Bulletin of the Pasteur Institute of Southern India, Coonoor - No. 1.
Year: 1908
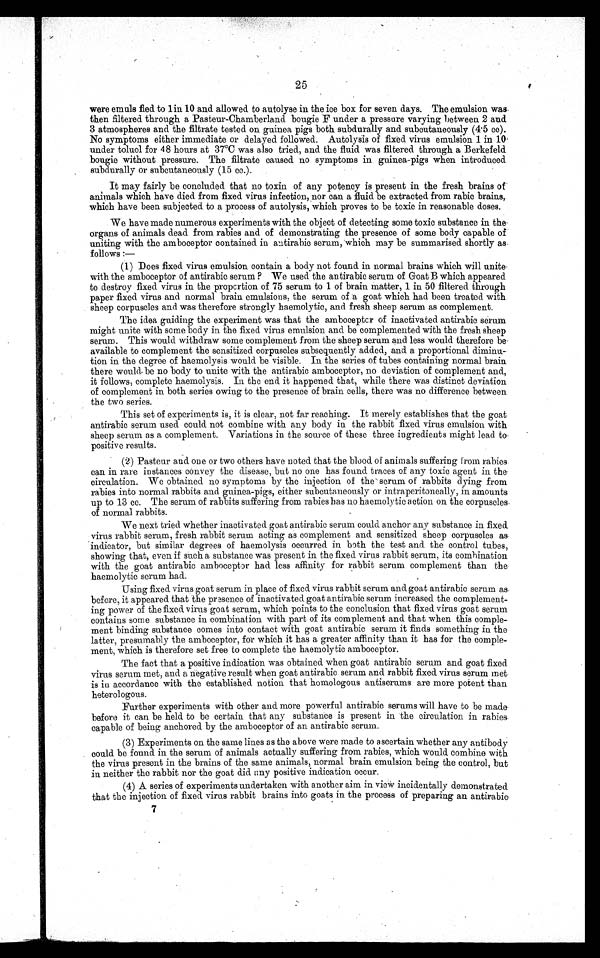
25
were emuls fied to1 i n 1
0 and allowed to autolyse in the ice box for seven days. The emulsion was
then filtered through a Pasteur-Chamberland bougie F under a pressure varying between 2 and
3 atmospheres and the filtrate tested on guinea pigs both subdurally and subcutaneously (4.5 cc).
No symptoms either immediate or delayed followed. Autolysis of fixed virus emulsion 1 in
1 0
under toluol for 4 8 hours at 37°C was also tried, and the fluid was filtered through a Berkefeld
bougie without pressure. The filtrate caused no symptoms in guinea-pigs when introduced
subdurally or subcutaneously (15cc.).
It may fairly be concluded that no toxin of any potency is present in the fresh brains of .
animals which have died from fixed virus infection, nor can a fluid be extracted from rabic brains,
which have been subjected to a process of autolysis, which proves to be toxic in reasonable doses.
We have made numerous experiments with the object of detecting some toxic substance in the
organs of animals dead from rabies and of demonstrating the presence of some body capable of
uniting with the amboceptor contained in autirabic serum, which may be summarised shortly as
follows :
—
(1) Does fixed virus emulsion contain a body not found in normal brains which will unite
with the amboceptor of antirabic serum? We used the antirabic serum of Goat B which appeared
to destroy fixed virus in the proportion of 75 serum to 1 of brain matter, 1 in 50 filtered through
paper fixed virus and normal brain emulsions, the serum of a goat which had been treated with
sheep corpuscles and was therefore strongly haemolytic, and fresh sheep serum as complement.
The idea guiding the experiment was that the amboceptor of inactivated antirabic serum
might unite with some body in the fixed virus emulsion and be complemented with the fresh sheep
serum. This would withdraw some complement from the sheep serum and less would therefore be
available to complement the sensitized corpuscles subsequently added, and a proportional diminu
-
tion in the degree of haemolysis would be visible. In the series of tubes containing normal brain
there would be no body to unite with the antirabic amboceptor, no deviation of complement and,
it follows, complete haemolysis. In the end it happened that, while there was distinct deviation
of complement in both series owing to the presence of brain cells, there was no difference between
the two series.
This set of experiments is, it is clear, not far reaching. It merely establishes that the goat
antirabic serum used could not combine with any body in the rabbit fixed virus emulsion with
sheep serum as a complement. Variations in the source of these three ingredients might lead to
positive results.
(2) Pasteur and one or two others have noted that the blood of animals suffering from rabies
can in rare instances convey the disease, but no one has found traces of any toxic agent in the
circulation. We obtained no symptoms by the injection of the - serum of rabbits dying from
rabies into normal rabbits and guinea-pigs, either subcutaneously or intraperitoneally, in amounts
up to 13 cc. The serum of rabbits suffering from rabies has no haemolytic action on the corpuscles.
o f n o r m a l r a b b i t s .
We next tried whether inactivated goat antirabic serum could anchor any substance in fixed
virus rabbit serum, fresh rabbit serum acting as complement and sensitized sheep corpuscles as
indicator, but similar degrees of haemolysis occurred in both the test and the control tubes,
showing that, even if such a substance was present in the fixed virus rabbit serum, its combination
with the goat antirabic amboceptor had less affinity for rabbit serum complement than the
haemolytic serum had.
Using fixed virus goat serum in place of fixed virus rabbit serum and goat antirabic serum as
before, it appeared that the presence of inactivated goat antirabic serum increased the complement
-
ing power of the fixed virus goat serum, which points to the conclusion that fixed virus goat serum
contains some substance in combination with part of its complement and that when this comple
-
ment binding substance comes into contact with goat antirabic serum it finds something in the
latter, presumably the amboceptor, for which it has a greater affinity than it has for the comple
-
ment, which is therefore set free to complete the haemolytic amboceptor.
The factthat a positive indication was obtained when goat antirabic serum and goat fixed
virus serum met, and a negative result when goat antirabic serum and rabbit fixed virus serum met
is in accordance with the established notion that homologous antiserums are more potent than
heterologous.
Further experiments with other and more powerful antirabic serums will have to be made
before it can be held to be certain that any substance is present in the circulation in rabies
capable of being anchored by the amboceptor of an antirabic serum.
(3) Experiments on the same lines as the above were made to ascertain whether any antibody
could be found in the serum of animals actually suffering from rabies, which would combine with
the virus present in the brains of the same animals, normal brain emulsion being the control, but
in neither the rabbit nor the goat did any positive indication occur.
(4) A series of experiments undertaken with another aim in view incidentally demonstrated
that the injection of fixed virus rabbit brains into goats in the process of preparing an antirabic.